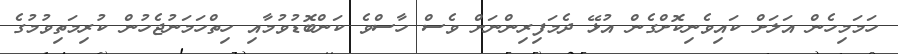
ހަމަމިހެން އަލަށް ކައިވެނިކޮށްގެން އުޅޭ ދެމަފިރިންނަށް ވެސް ހާސްވެ ކަންބޮޑުވުމާއި ހިތްހަމަނުޖެހުން ކުރިމަތިވުމުގެ